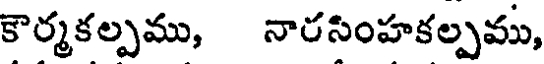
కౌర్మకల్పము, నారసింహకల్పము,